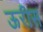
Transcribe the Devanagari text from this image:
ऊरीस